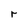
Character: r